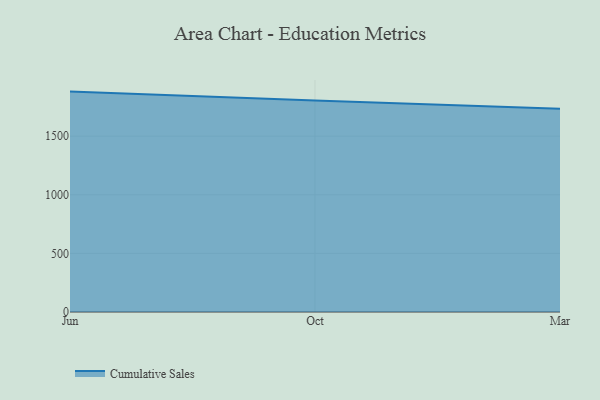
{"axis": {"x": "Month", "y": "Budget (USD K)"}, "legend": ["Cumulative Sales"], "data": [{"x": "Jun", "y": 1880.1, "type": "Cumulative Sales"}, {"x": "Oct", "y": 1803.4, "type": "Cumulative Sales"}, {"x": "Mar", "y": 1733.6, "type": "Cumulative Sales"}]}